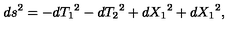
d s ^ { 2 } = - d { T _ { 1 } } ^ { 2 } - d { T _ { 2 } } ^ { 2 } + d { X _ { 1 } } ^ { 2 } + d { X _ { 1 } } ^ { 2 } ,